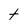
Character: T